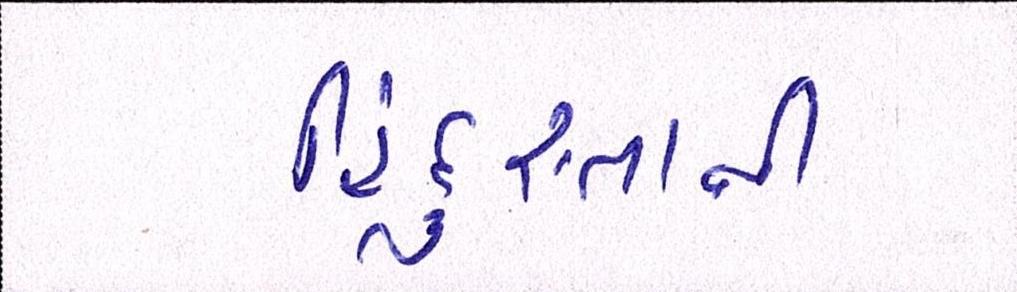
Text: હિંદુસ્તાની